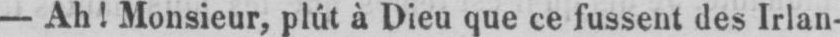
- Ah! Monsieur, plût à Dieu que ce fussent des Irlan-